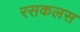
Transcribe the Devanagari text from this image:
रसकलस